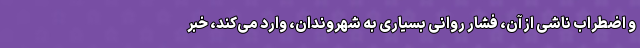
و اضطراب ناشی از آن، فشار روانی بسیاری به شهروندان، وارد می‌کند، خبر